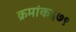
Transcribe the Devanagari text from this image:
क्रमांक६७९